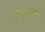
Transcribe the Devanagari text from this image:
रोजच्यापेक्षा